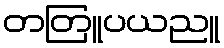
တတြူပယညူ